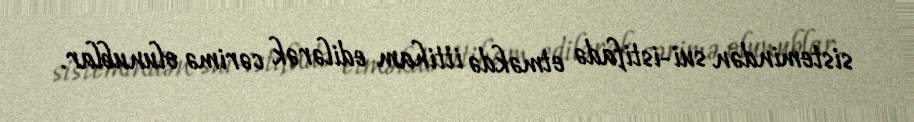
sistemindən sui-istifadə etməkdə ittiham edilərək cərimə olunublar.